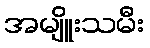
အမျိူးသမီး